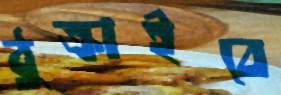
ঠুক্‌রাইবে